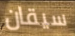
سيقان